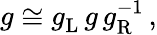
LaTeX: g\cong g_{\mathrm{L}}^{\vphantom 1}\, g\, g_{\mathrm{R}}^{-1}\, ,